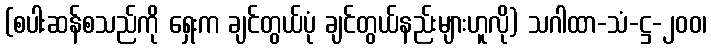
(စပါးဆန်စသည်ကို ရှေးက ချင်တွယ်ပုံ ချင်တွယ်နည်းများဟူလို) သဂါထာ-သံ-ဋ္ဌ-၂၀၀၊